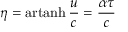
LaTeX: \eta = \operatorname { a r t a n h } { \frac { u } { c } } = { \frac { \alpha \tau } { c } }